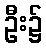
ဦး၌